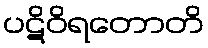
ပဋိဝိရတောတိ